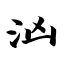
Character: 汹